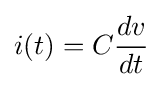
i(t)=C{\frac {dv}{dt}}